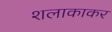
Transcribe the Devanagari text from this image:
शलाकाकर